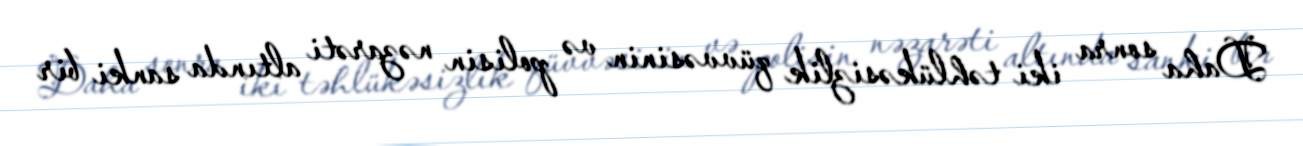
Daha sonra iki təhlükəsizlik qüvvəsinin və polisin nəzarəti altında sanki bir